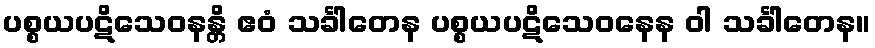
ပစ္စယပဋိသေဝနန္တိ ဧဝံ သင်္ခါတေန ပစ္စယပဋိသေဝနေန ဝါ သင်္ခါတေန။